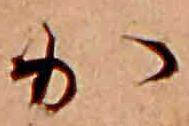
か